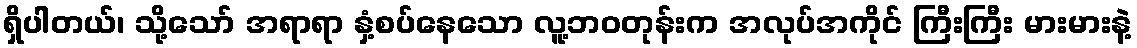
ရှိပါတယ်၊ သို့သော် အရာရာ နှံ့စပ်နေသော လူ့ဘဝတုန်းက အလုပ်အကိုင် ကြီးကြီး မားမားနဲ့